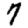
Digit: 7